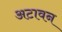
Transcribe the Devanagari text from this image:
अटावन